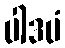
ပါဒပံ